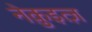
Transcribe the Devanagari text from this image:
नेक़ुइत्ज़